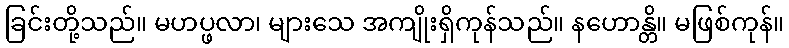
ခြင်းတို့သည်။ မဟပ္ဖလာ၊ များသေ အကျိုးရှိကုန်သည်။ နဟောန္တိ။ မဖြစ်ကုန်။